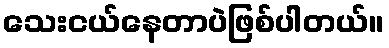
သေးငယ်နေတာပဲဖြစ်ပါတယ်။